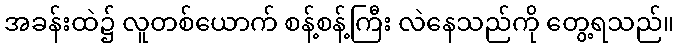
အခန်းထဲ၌ လူတစ်ယောက် စန့်စန့်ကြီး လဲနေသည်ကို တွေ့ရသည်။